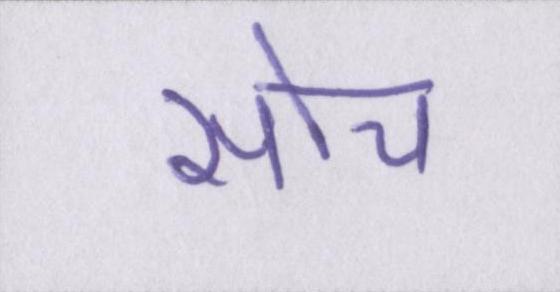
सोच